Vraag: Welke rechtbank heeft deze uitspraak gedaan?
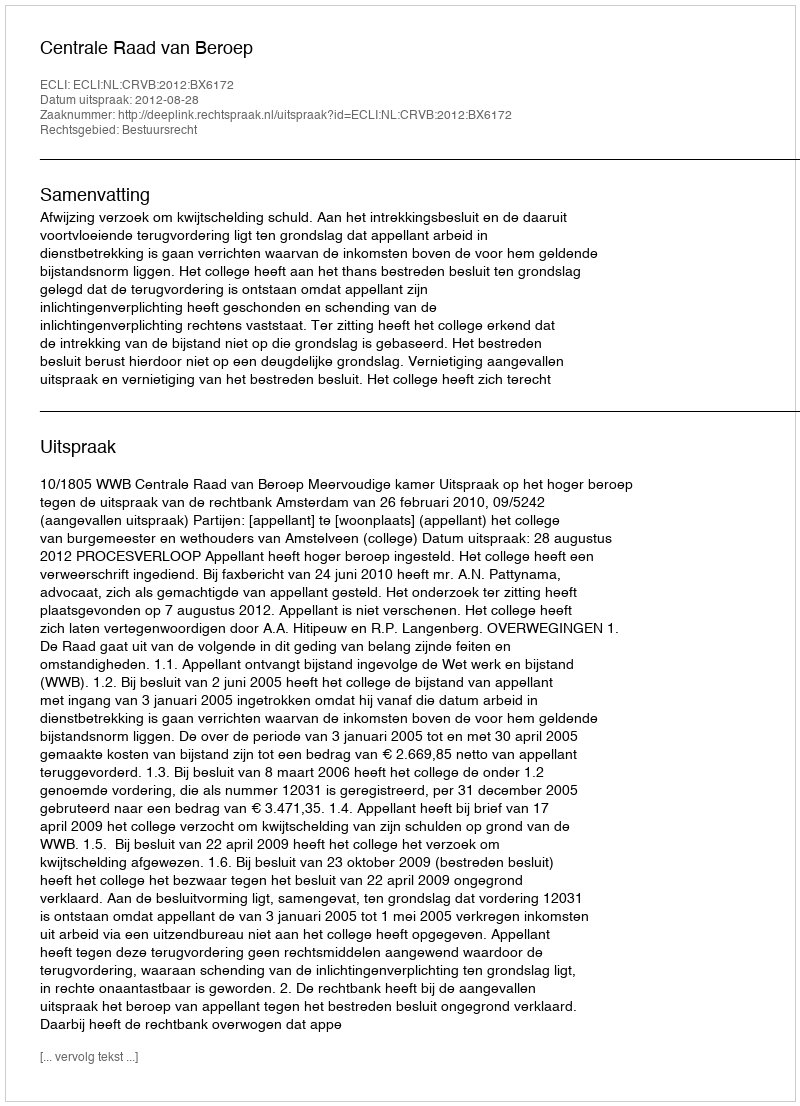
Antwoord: Centrale Raad van Beroep